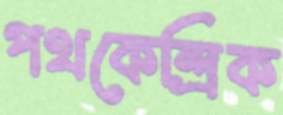
পথকেন্দ্রিক